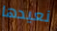
نعيدها